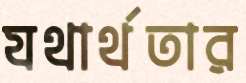
যথার্থতার